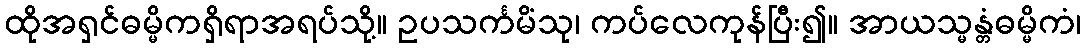
ထိုအရှင်ဓမ္မိကရှိရာအရပ်သို့။ ဥပသင်္ကမိံသု၊ ကပ်လေကုန်ပြီး၍။ အာယသ္မန္တံဓမ္မိကံ၊